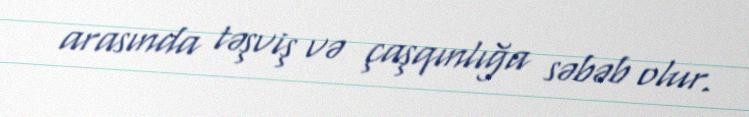
arasında təşviş və çaşqınlığa səbəb olur.